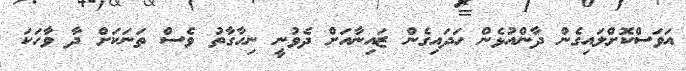
އަވަސްކޮށްލައިގެން ދާންއުޅެން ހަދައިގެން ޒައިނާއަށް ދެވުނީ ނިހާގާތު ވެސް ތަނަކަށް ދާ ވާހަކަ